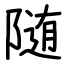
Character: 随